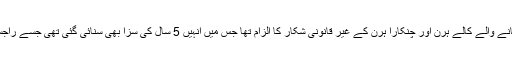
واضح رہے کہ سلمان خان پر1998 میں ہندوؤں کے لیے مقدس مانے جانے والے کالے ہرن اور چنکارا ہرن کے غیر قانونی شکار کا الزام تھا جس میں انہیں 5 سال کی سزا بھی سنائی گئی تھی جسے راجستھان کی ہائیکورٹ نے کالعدم قرار دیتے ہوئے اداکار کو بری کردیا تھا۔